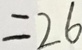
= 2 6